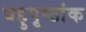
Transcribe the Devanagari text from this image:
बहुपृष्ठांक